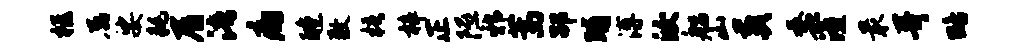
柩属娑耗屑浯痛醺敷梧梓正隰邪蒿劭晡溥汝船山葬蠡潼最哥略